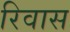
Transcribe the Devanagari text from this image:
रिवास